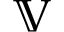
\mathbb { V }